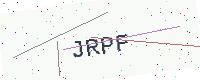
Text: JRPF